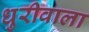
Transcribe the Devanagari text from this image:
धुरीवाला